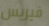
فيريس